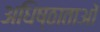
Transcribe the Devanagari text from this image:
अधिष्ठाताओं